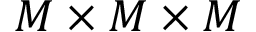
M \times M \times M